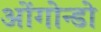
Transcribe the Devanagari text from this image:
ओंगोन्डो